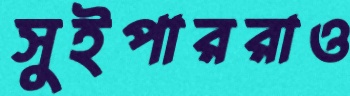
সুইপাররাও